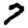
Digit: 7